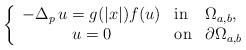
LaTeX: \begin{align*}\left\{\begin{array}{cll}\displaystyle -\Delta_p\,u = g(|x|)f(u) & \textup{in} &\Omega_{a,b},\\\displaystyle u=0 &\textup{on}& \partial\Omega_{a,b}\end{array}\right.\end{align*}